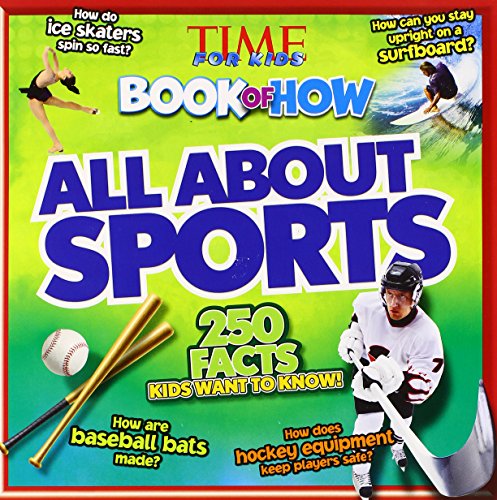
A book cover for Time For Kids Book of How: All About Sports; Editors of TIME For Kids Magazine; Children's Books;